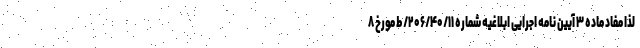
لذا مفاد ماده ۳ آیین نامه اجرایی ابلاغیه شماره ۲۰۶/۴۰/۱۱/ط مورخ ۸